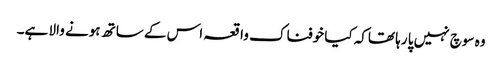
وہ سوچ نہیں پا رہا تھاکہ کیا خوفناک واقعہ اس کے ساتھ ہونے والا ہے۔